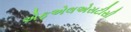
એફએલએસટીસી